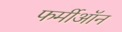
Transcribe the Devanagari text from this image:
फर्मीऑन